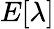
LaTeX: E[\lambda]